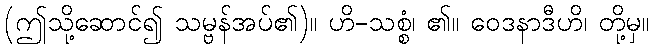
(ဤသို့ဆောင်၍ သမ္ဗန်အပ်၏)။ ဟိ-သစ္စံ၊ ၏။ ဝေဒနာဒီဟိ၊ တို့မှ။